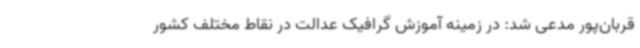
قربان‌پور مدعی شد: در زمینه آموزش گرافیک عدالت در نقاط مختلف کشور